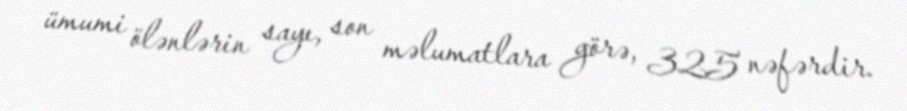
ümumi ölənlərin sayı, son məlumatlara görə, 325 nəfərdir.